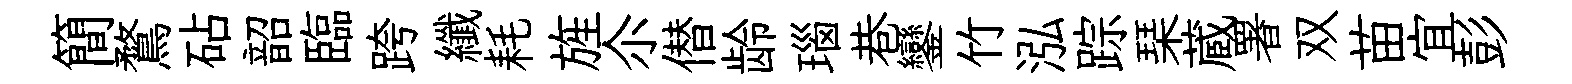
簡鶩砧韶臨跨纖耗旌尒僣龄瑙巷鑾竹泓踪琹蔵署双苗宜彭